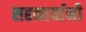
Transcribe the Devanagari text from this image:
सहकार्यानी